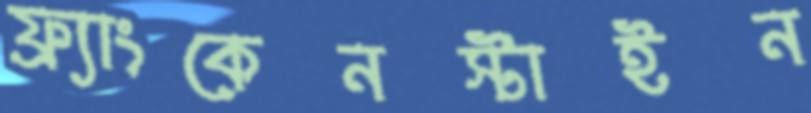
ফ্র্যাংকেনস্টাইন